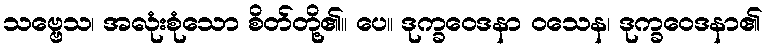
သဗ္ဗေသ၊ အလုံးစုံသော စိတ်တို့၏။ ပေ။ ဒုက္ခဝေဒနာ ဝသေန၊ ဒုက္ခဝေဒနာ၏